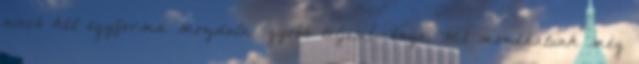
nincs két egyforma mozdula- gyobb teljesítménye. Mit mondhatunk még